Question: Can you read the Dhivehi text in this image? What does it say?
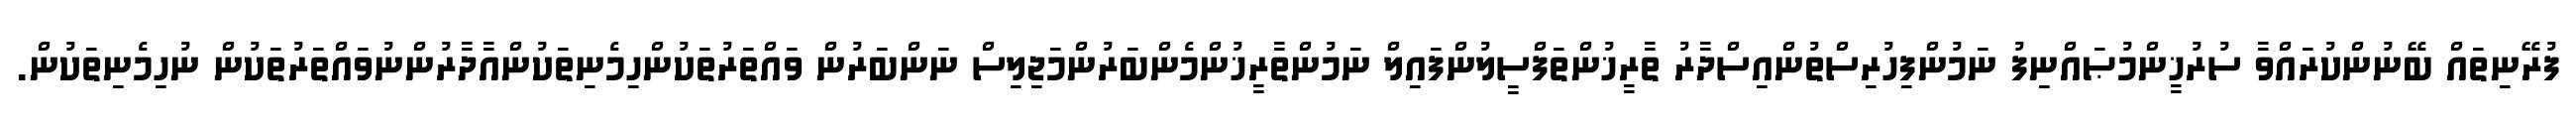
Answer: ފުރޭނިތައް ބޭނުންކުރައްވާ ސުރުޚީންމުޞައްނިފު ނަމުންފިހުރިސްތުންއިސްދާރު ތާރީޚުންތަފްސީލުންފައިލް ނަމުންތާރީޚުންމެންބަރުންމަޖިލިސް ނަންބަރުން ވައްތަރުތަކުންހިމެނިތަކުންއާދާރުންނުވައްތަރުތަކުން ނުހިމެނިތަކުން.